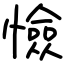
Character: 憸